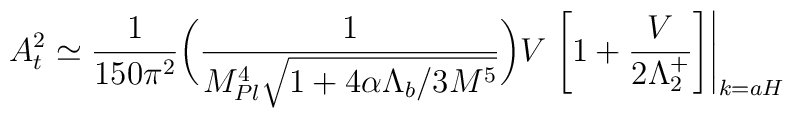
A_{\sc t}^2\simeq \frac{1}{150\pi^2}\bigg(\frac{1}{M_{Pl}^4\sqrt{1+4\alpha\Lambda_b/3M^5}}\bigg)V\left.\left[1+\frac{V}{2\Lambda_2^+}\right]\right|_{k=aH}\,